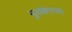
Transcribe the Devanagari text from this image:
झुराबेगच्या